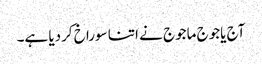
آج یاجوج ماجوج نے اتنا سوراخ کردیا ہے۔